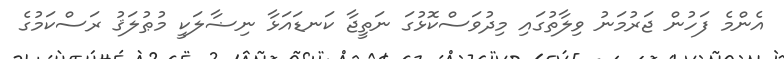
އެންމެ ފަހުން ޖަރުމަނު ވިލާތުގައި މިދުވަސްކޮޅުގަ ނަތީޖާ ކަނޑައަޅާ ނިޟާލަކީ މުޠުލަޤު ރަސްކަމުގެ